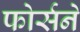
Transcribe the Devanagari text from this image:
फोर्सने